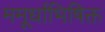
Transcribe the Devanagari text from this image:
ममूर्धाभिषिक्त